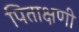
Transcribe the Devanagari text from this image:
पिताक्षणी